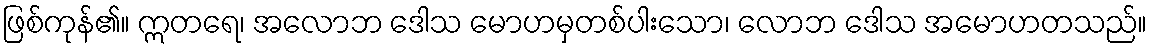
ဖြစ်ကုန်၏။ ဣတရေ၊ အလောဘ ဒေါသ မောဟမှတစ်ပါးသော၊ လောဘ ဒေါသ အမောဟတသည်။